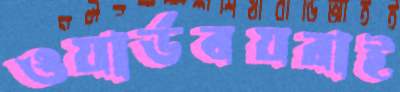
ওয়ার্ডবয়রাই